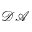
\mathcal { D A }